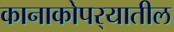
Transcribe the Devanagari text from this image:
कानाकोपर्‍यातील